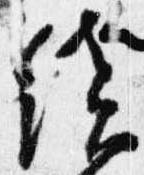
続